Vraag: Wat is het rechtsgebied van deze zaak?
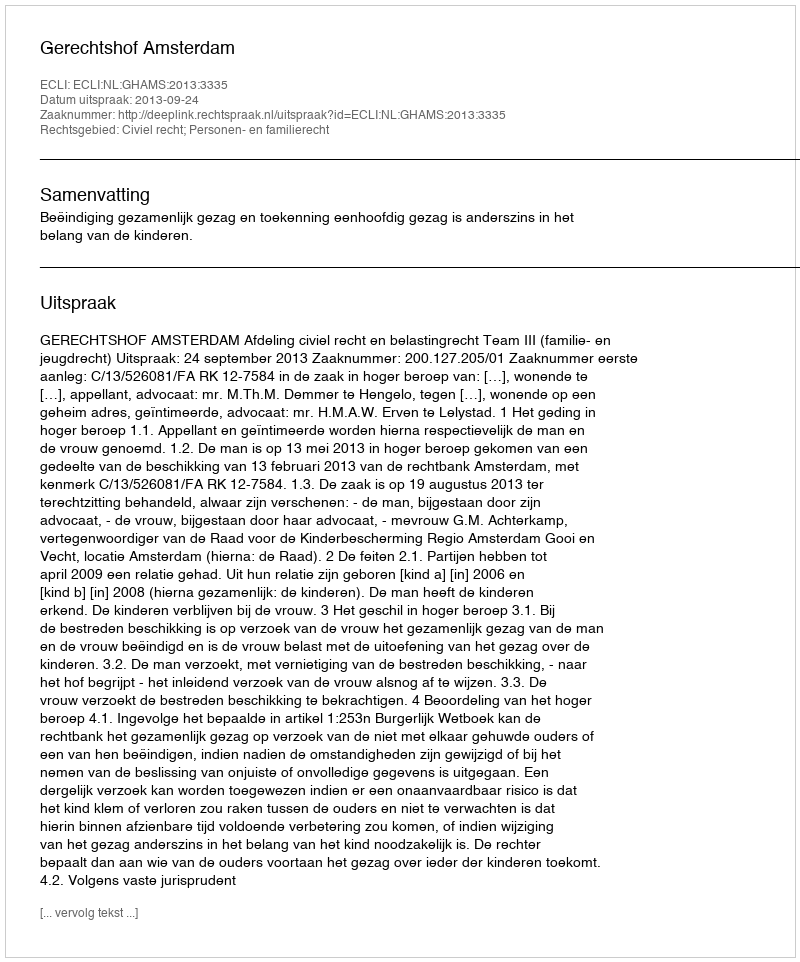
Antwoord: Civiel recht; Personen- en familierecht